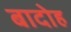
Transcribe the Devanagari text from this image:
बादोह